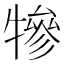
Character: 犙